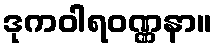
ဒုကဝါရဝဏ္ဏနာ။